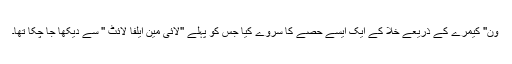
ون'' کیمرے کے ذریعے خلا کے ایک ایسے حصے کا سروے کیا جس کو پہلے ''لائی مین ایلفا لائٹ '' سے دیکھا جا چکا تھا۔